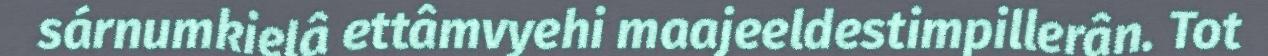
sárnumkielâ ettâmvyehi maajeeldestimpillerân. Tot